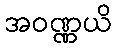
အဝဏ္ဏယိ